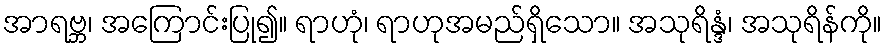
အာရဗ္ဘ၊ အကြောင်းပြု၍။ ရာဟုံ၊ ရာဟုအမည်ရှိသော။ အသုရိန္ဒံ၊ အသုရိန်ကို။